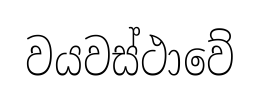
වයවස්ථාවේ